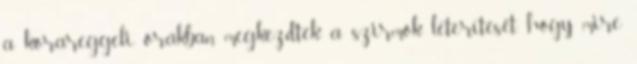
a korareggeli órákban megkezdték a szirmok leterítését, hogy mire